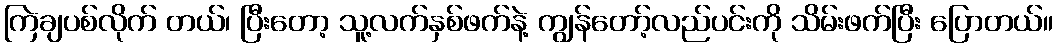
ကြဲချပစ်လိုက် တယ်၊ ပြီးတော့ သူ့လက်နှစ်ဖက်နဲ့ ကျွန်တော့်လည်ပင်းကို သိမ်းဖက်ပြီး ပြောတယ်။